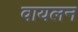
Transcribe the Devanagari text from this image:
वायलन